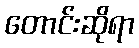
တောင်းဆိုရာ